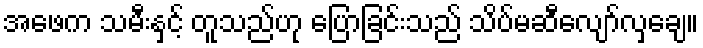
အဖေက သမီးနှင့် တူသည်ဟု ပြောခြင်းသည် သိပ်မဆီလျော်လှချေ။